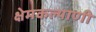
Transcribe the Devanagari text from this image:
क्षेमकल्याणी